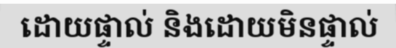
ដោយផ្ទាល់ និងដោយមិនផ្ទាល់